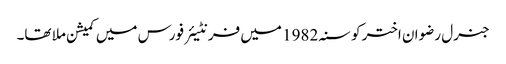
جنرل رضوان اختر کو سنہ 1982 میں فرنٹیئر فورس میں کمیشن ملا تھا۔